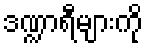
ဒဏ္ဍာရီများကို